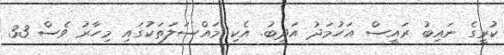
ކުރީގެ ނައިބު ރައީސް އަހުމަދު އަދީބު. އެކި މައްސަލަތަކުގައި މިހާރު ވެސް 33